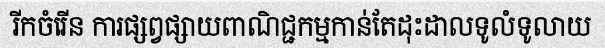
រីកចំរើន ការផ្សព្វផ្សាយពាណិជ្ជកម្មកាន់តែដុះដាលទូលំទូលាយ